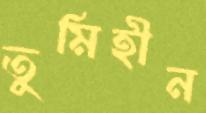
তুমিহীন